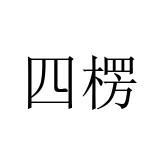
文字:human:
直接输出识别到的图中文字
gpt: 四楞